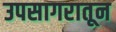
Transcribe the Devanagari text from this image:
उपसागरातून